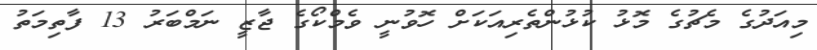
މިއަދުގެ މެޗުގެ މޮޅު ކުޅުންތެރިއަކަށް ހޮވުނީ ވެމްކޯގެ ޖާޒީ ނަމްބަރު 13 ފާތިމަތު